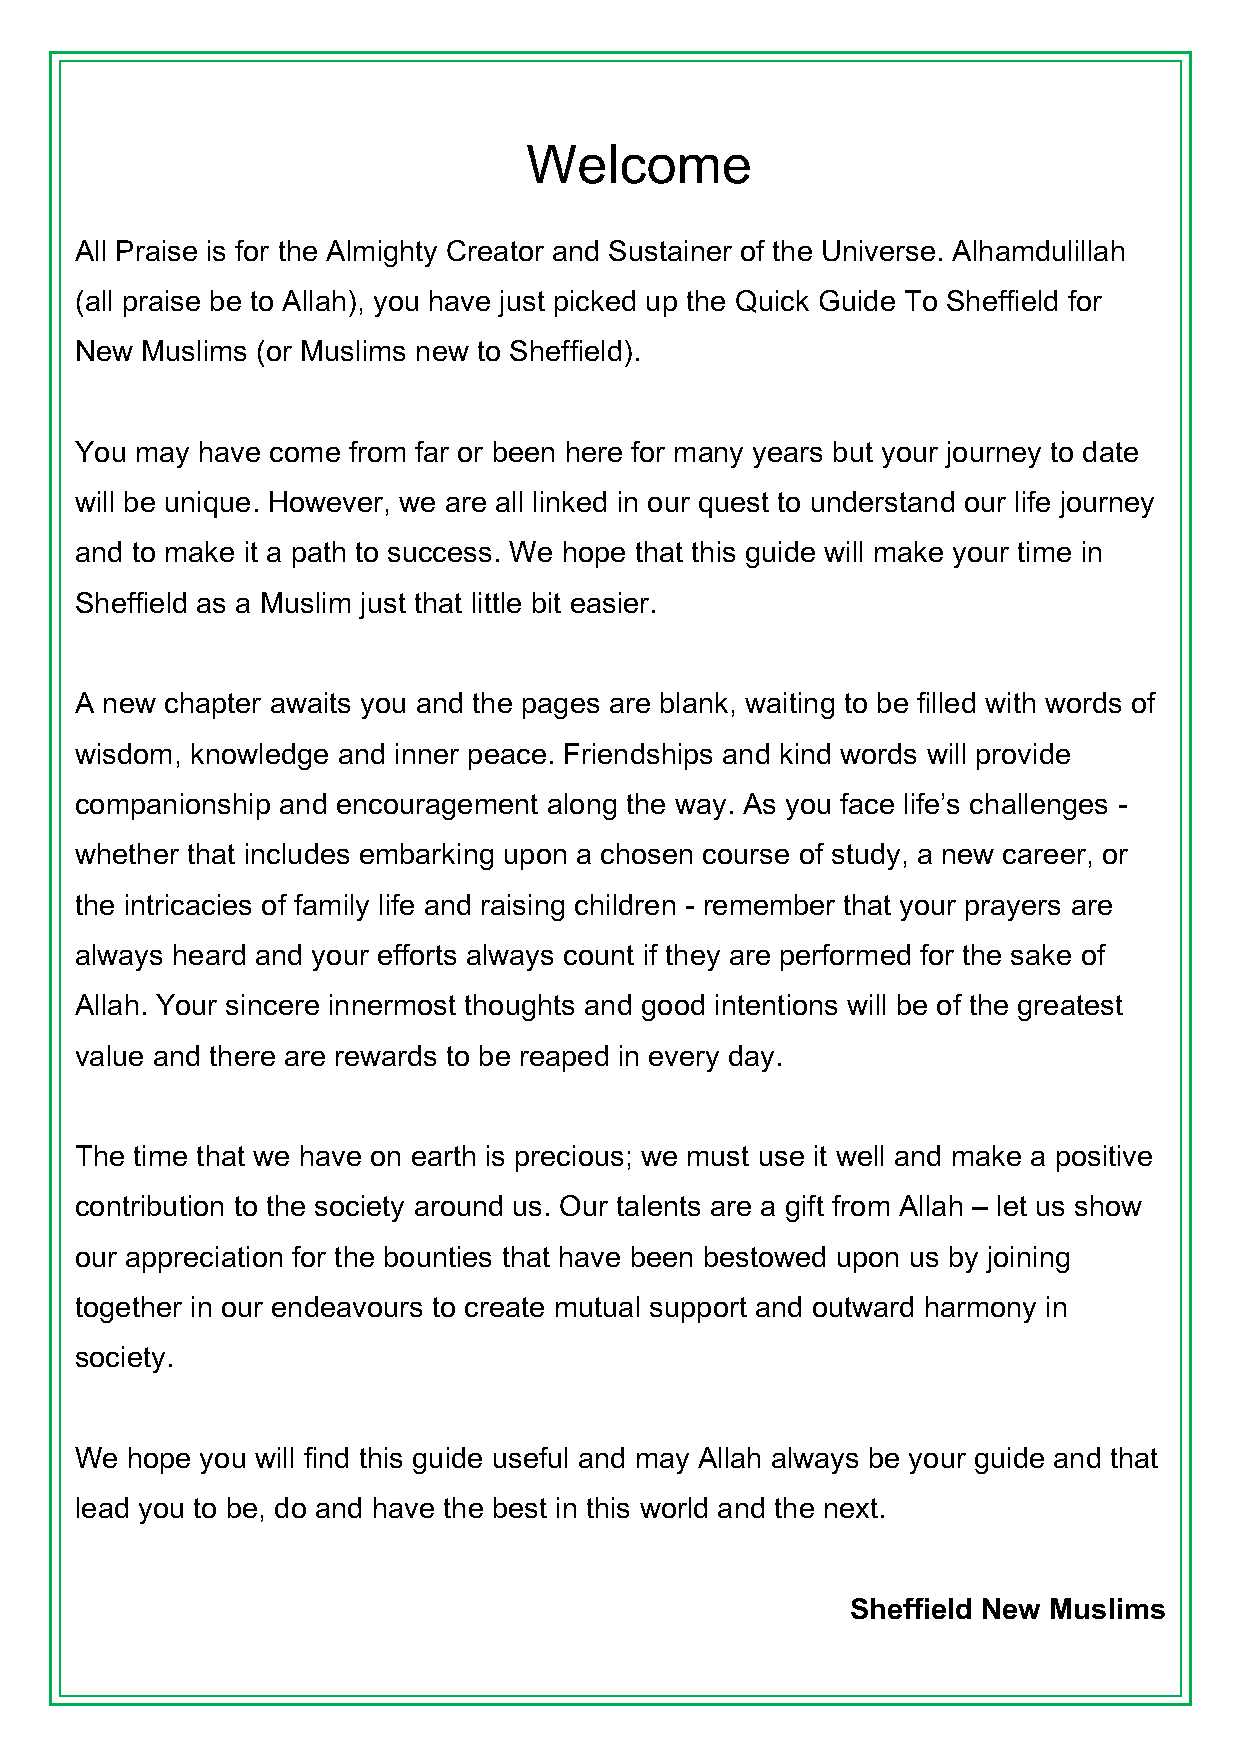
Welcome
 All Praise is for the Almighty Creator and Sustainer of the Universe. Alhamdulillah
 (all praise be to Allah), you have just picked up the Quick Guide To Sheffield for
 New Muslims (or Muslims new to Sheffield).
 You may have come from far or been here for many years but your journey to date
 will be unique. However, we are all linked in our quest to understand our life journey
 and to make it a path to success. We hope that this guide will make your time in
 Sheffield as a Muslim just that little bit easier.
 A new chapter awaits you and the pages are blank, waiting to be filled with words of
 wisdom, knowledge and inner peace. Friendships and kind words will provide
 companionship and encouragement along the way. As you face life’s challenges -
 whether that includes embarking upon a chosen course of study, a new career, or
 the intricacies of family life and raising children - remember that your prayers are
 always heard and your efforts always count if they are performed for the sake of
 Allah. Your sincere innermost thoughts and good intentions will be of the greatest
 value and there are rewards to be reaped in every day.
 The time that we have on earth is precious; we must use it well and make a positive
 contribution to the society around us. Our talents are a gift from Allah – let us show
 our appreciation for the bounties that have been bestowed upon us by joining
 together in our endeavours to create mutual support and outward harmony in
 society.
 We hope you will find this guide useful and may Allah always be your guide and that
 lead you to be, do and have the best in this world and the next.
 Sheffield New Muslims